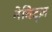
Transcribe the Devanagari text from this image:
नेविट्ज़